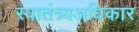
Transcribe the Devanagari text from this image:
स्वातंत्र्यअधिकार